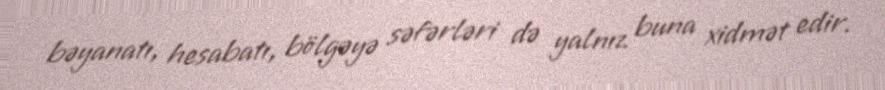
bəyanatı, hesabatı, bölgəyə səfərləri də yalnız buna xidmət edir.